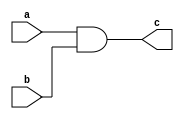
// Code your design here
module and_gate(input a, input b, output reg c);	// always er vitore = er left ke reg ditehobe otherwise wire wire bole chillabe 
  
  always @( a or b )
    begin 
      c = (a && b);
    end
  
  
endmodule